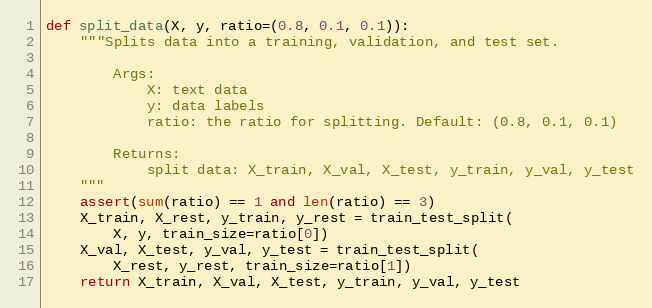
Language: Python
def split_data(X, y, ratio=(0.8, 0.1, 0.1)):
    """Splits data into a training, validation, and test set.

        Args:
            X: text data
            y: data labels
            ratio: the ratio for splitting. Default: (0.8, 0.1, 0.1)

        Returns:
            split data: X_train, X_val, X_test, y_train, y_val, y_test
    """
    assert(sum(ratio) == 1 and len(ratio) == 3)
    X_train, X_rest, y_train, y_rest = train_test_split(
        X, y, train_size=ratio[0])
    X_val, X_test, y_val, y_test = train_test_split(
        X_rest, y_rest, train_size=ratio[1])
    return X_train, X_val, X_test, y_train, y_val, y_test